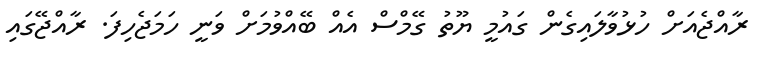
ރާއްޖެއަށް ހުޅުވާލައިގެން ގައުމީ ޔޫތު ގޭމްސް އެއް ބޭއްވުމަށް ވަނީ ހަމަޖެހިފަ. ރާއްޖޭގައި